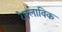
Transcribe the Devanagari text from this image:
रेफ्लाविक